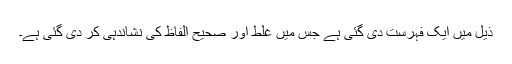
ذیل میں ایک فہرست دی گئی ہے جس میں غلط اور صحیح الفاظ کی نشاندہی کر دی گئی ہے۔